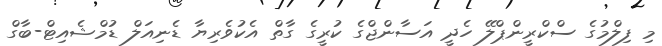
މި ފިލްމުގެ ސްކްރީންޕްލޭ ހެދީ އަސާންޖްގެ ކުރީގެ ގާތް އެކުވެރިޔާ ޑެނިއަލް ޑުމްޝެއިޓް-ބާގް